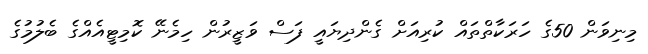
މިނިވަން 50ގެ ހަރަކާތްތައް ކުރިއަަށް ގެންދިޔައީ ފަސް ވަޒީރުން ހިމެނޭ ކޮމިޓީއެއްގެ ބެލުމުގެ